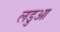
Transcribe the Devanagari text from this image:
लडुआ